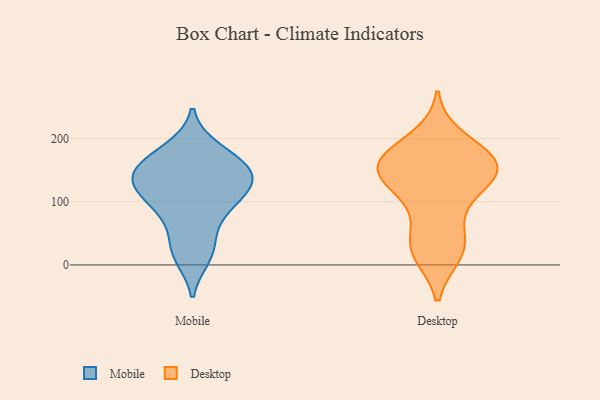
{"axis": {"x": "Bounce Rate (%)", "y": "Value"}, "legend": ["Desktop", "Mobile"], "data": [{"x": "", "y": 166, "type": "Mobile"}, {"x": "", "y": 32, "type": "Mobile"}, {"x": "", "y": 136, "type": "Mobile"}, {"x": "", "y": 95, "type": "Mobile"}, {"x": "", "y": 13, "type": "Mobile"}, {"x": "", "y": 116, "type": "Mobile"}, {"x": "", "y": 183, "type": "Mobile"}, {"x": "", "y": 146, "type": "Mobile"}, {"x": "", "y": 80, "type": "Mobile"}, {"x": "", "y": 150, "type": "Mobile"}, {"x": "", "y": 126, "type": "Mobile"}, {"x": "", "y": 157, "type": "Desktop"}, {"x": "", "y": 30, "type": "Desktop"}, {"x": "", "y": 84, "type": "Desktop"}, {"x": "", "y": 19, "type": "Desktop"}, {"x": "", "y": 41, "type": "Desktop"}, {"x": "", "y": 138, "type": "Desktop"}, {"x": "", "y": 182, "type": "Desktop"}, {"x": "", "y": 115, "type": "Desktop"}, {"x": "", "y": 158, "type": "Desktop"}, {"x": "", "y": 18, "type": "Desktop"}, {"x": "", "y": 155, "type": "Desktop"}, {"x": "", "y": 132, "type": "Desktop"}, {"x": "", "y": 171, "type": "Desktop"}, {"x": "", "y": 200, "type": "Desktop"}, {"x": "", "y": 157, "type": "Desktop"}, {"x": "", "y": 146, "type": "Desktop"}]}